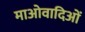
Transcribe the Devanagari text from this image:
माओवादिओं